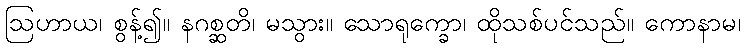
ဩဟာယ၊ စွန့်၍။ နဂစ္ဆတိ၊ မသွား။ သောရုက္ခော၊ ထိုသစ်ပင်သည်။ ကောနာမ၊